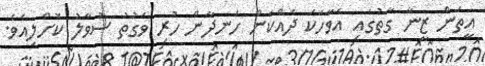
އީތަން ޒީނާ ގާތުގައި އެވާހަކަ ދައްކަން ހަނދާން ހުރި ވަގުތު ސުވާލު ކޮށްލިއެވެ.